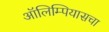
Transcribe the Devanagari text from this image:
ऑलिम्पियासचा